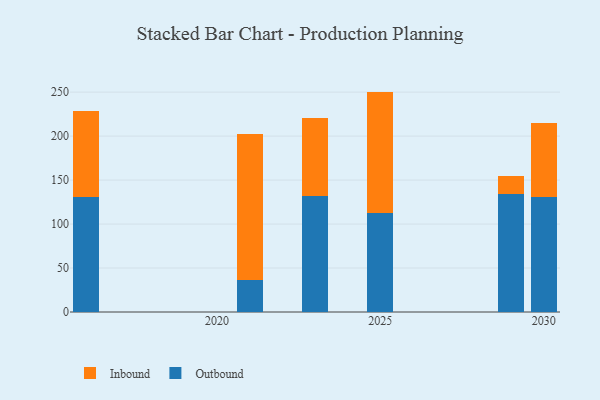
{"axis": {"x": "Year", "y": "Temperature (°C)"}, "legend": ["Inbound", "Outbound"], "data": [{"x": "2030", "y": 130.6, "type": "Outbound"}, {"x": "2030", "y": 84.3, "type": "Inbound"}, {"x": "2025", "y": 112.4, "type": "Outbound"}, {"x": "2025", "y": 138.2, "type": "Inbound"}, {"x": "2023", "y": 131.6, "type": "Outbound"}, {"x": "2023", "y": 89.2, "type": "Inbound"}, {"x": "2021", "y": 36.1, "type": "Outbound"}, {"x": "2021", "y": 166.2, "type": "Inbound"}, {"x": "2029", "y": 134.3, "type": "Outbound"}, {"x": "2029", "y": 19.9, "type": "Inbound"}, {"x": "2016", "y": 131.2, "type": "Outbound"}, {"x": "2016", "y": 97.7, "type": "Inbound"}]}